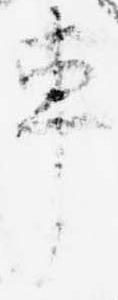
車